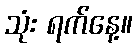
သုံး ရက်နေ့။